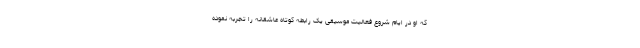
که او در ایام شروع فعالیت موسیقی یک رابطه کوتاه عاشقانه را تجربه نموده